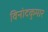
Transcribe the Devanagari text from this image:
विनोदकुमार